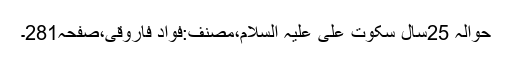
حوالہ 25سال سکوتِ علی علیہ السلام،مصنف:فواد فاروقی،صفحہ281۔